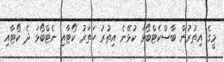
މީގެ އިތުރުން ބާސްކެޓްބޯޅަ ކުޅޭނެ އިތުރު ހަތަރު ކޯޓާއި ނެޓްބޯޅަ ދެ ކޯޓާއި